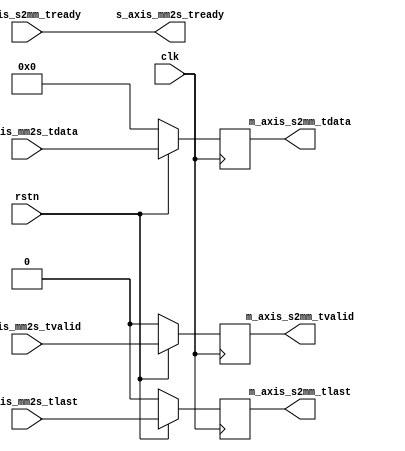
`timescale 1ns / 1ps
//////////////////////////////////////////////////////////////////////////////////
// Company: 
// Engineer: 
// 
// Design Name: 
// Module Name: pass_through
// Project Name: 
// Target Devices: 
// Tool Versions: 
// Description: 
// 
// Dependencies: 
// 
// Revision:
// Revision 0.01 - File Created
// Additional Comments:
// 
//////////////////////////////////////////////////////////////////////////////////


module pass_through(
(* DONT_TOUCH = "TRUE" *)input [127:0]       s_axis_mm2s_tdata           ,
(* DONT_TOUCH = "TRUE" *)input 			    s_axis_mm2s_tvalid 	  		,
(* DONT_TOUCH = "TRUE" *)input 			    s_axis_mm2s_tlast        ,
(* DONT_TOUCH = "TRUE" *)output 		    s_axis_mm2s_tready 	  		,
(* DONT_TOUCH = "TRUE" *)output reg [127:0]  m_axis_s2mm_tdata           ,
(* DONT_TOUCH = "TRUE" *)output reg		    m_axis_s2mm_tvalid 	  		,
(* DONT_TOUCH = "TRUE" *)output reg		    m_axis_s2mm_tlast 	  		,
(* DONT_TOUCH = "TRUE" *)input 		        m_axis_s2mm_tready 	  		,


input clk,
input rstn
    );
    
    assign s_axis_mm2s_tready = m_axis_s2mm_tready;
    
    always@(posedge clk)	
    begin
        if (!rstn)  m_axis_s2mm_tdata <= 0;
        else        m_axis_s2mm_tdata <= s_axis_mm2s_tdata;
    end 
    
    always@(posedge clk)	
    begin
        if (!rstn)  m_axis_s2mm_tvalid <= 0;
        else        m_axis_s2mm_tvalid <= s_axis_mm2s_tvalid;
    end 
    
    always@(posedge clk)	
    begin
        if (!rstn)  m_axis_s2mm_tlast <= 0;
        else        m_axis_s2mm_tlast <= s_axis_mm2s_tlast;
    end  
    
endmodule